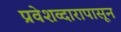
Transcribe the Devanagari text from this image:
प्रवेशव्दारापासून